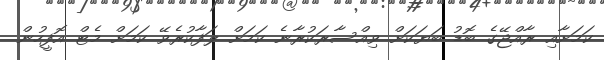
ކަމަށާއި ރާއްޖޭގެ ބޮޑު ބަޔަކަށް ވިއްސާރަކުރާނެ ކަމަށް ލަފާކުރެވޭ ކަމަށް މެޓް އޮފީހުން